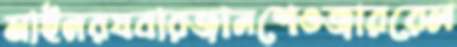
মাইনরযবারজানশেওজাররেল